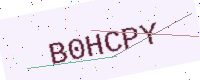
Text: B0HCPY